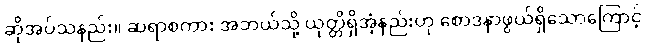
ဆိုအပ်သနည်း။ ဆရာစကား အဘယ်သို့ ယုတ္တိရှိအံ့နည်းဟု စောဒနာဖွယ်ရှိသောကြောင့်